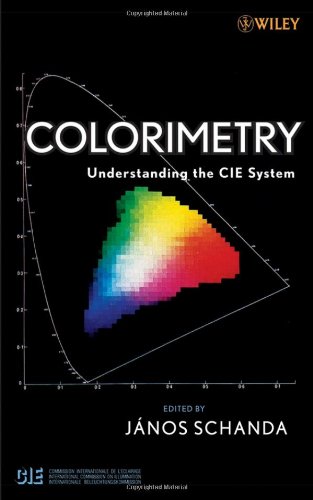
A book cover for Colorimetry: Understanding the CIE System; Science & Math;